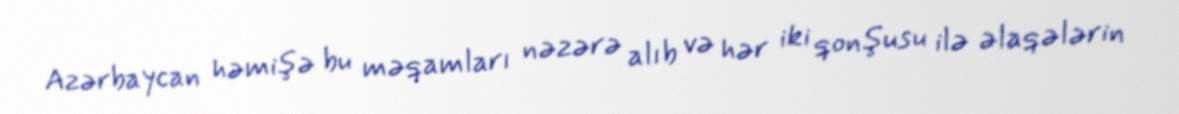
Azərbaycan həmişə bu məqamları nəzərə alıb və hər iki qonşusu ilə əlaqələrin